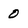
Character: 0